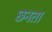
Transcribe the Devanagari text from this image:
छनता